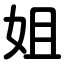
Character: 姐